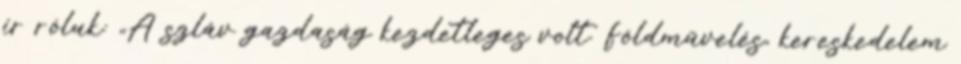
ír róluk: „A szláv gazdaság kezdetleges volt. Földművelés, kereskedelem